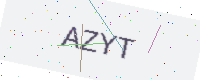
Text: AZYT